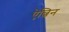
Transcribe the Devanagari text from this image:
ऐल्विन